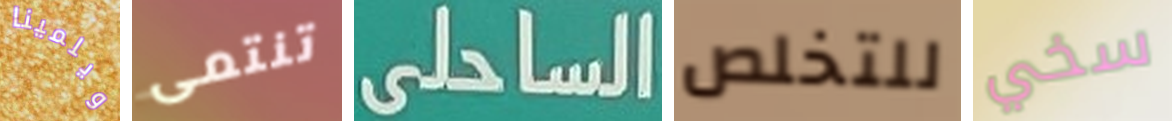
ويلمينا تنتمى الساحلى للتخلص سخي